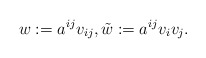
\begin{align*}w := a^{ij}v_{ij}, \tilde{w} := a^{ij} v_i v_j.\end{align*}